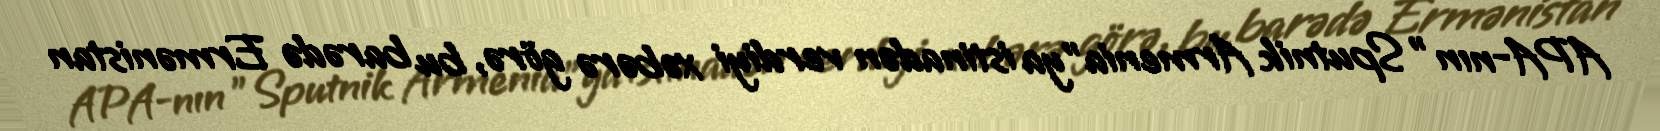
APA-nın "Sputnik Armenia"ya istinadən verdiyi xəbərə görə, bu barədə Ermənistan